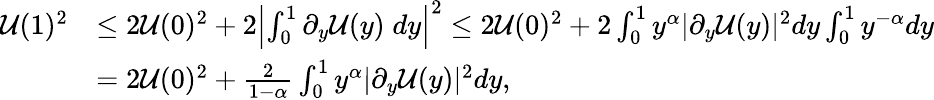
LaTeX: \begin{array}{rl}{\mathcal{U}(1)^{2}}&{\leq 2\mathcal{U}(0)^{2}+2\left|\int_{0}^{1}\partial_{y}\mathcal{U}(y)\; dy\right|^{2}\leq 2\mathcal{U}(0)^{2}+2\int_{0}^{1}y^{\alpha}|\partial_{y}\mathcal{U}(y)|^{2}dy\int_{0}^{1}y^{-\alpha}dy}\\ &{=2\mathcal{U}(0)^{2}+\frac{2}{1-\alpha}\int_{0}^{1}y^{\alpha}|\partial_{y}\mathcal{U}(y)|^{2}dy,}\end{array}